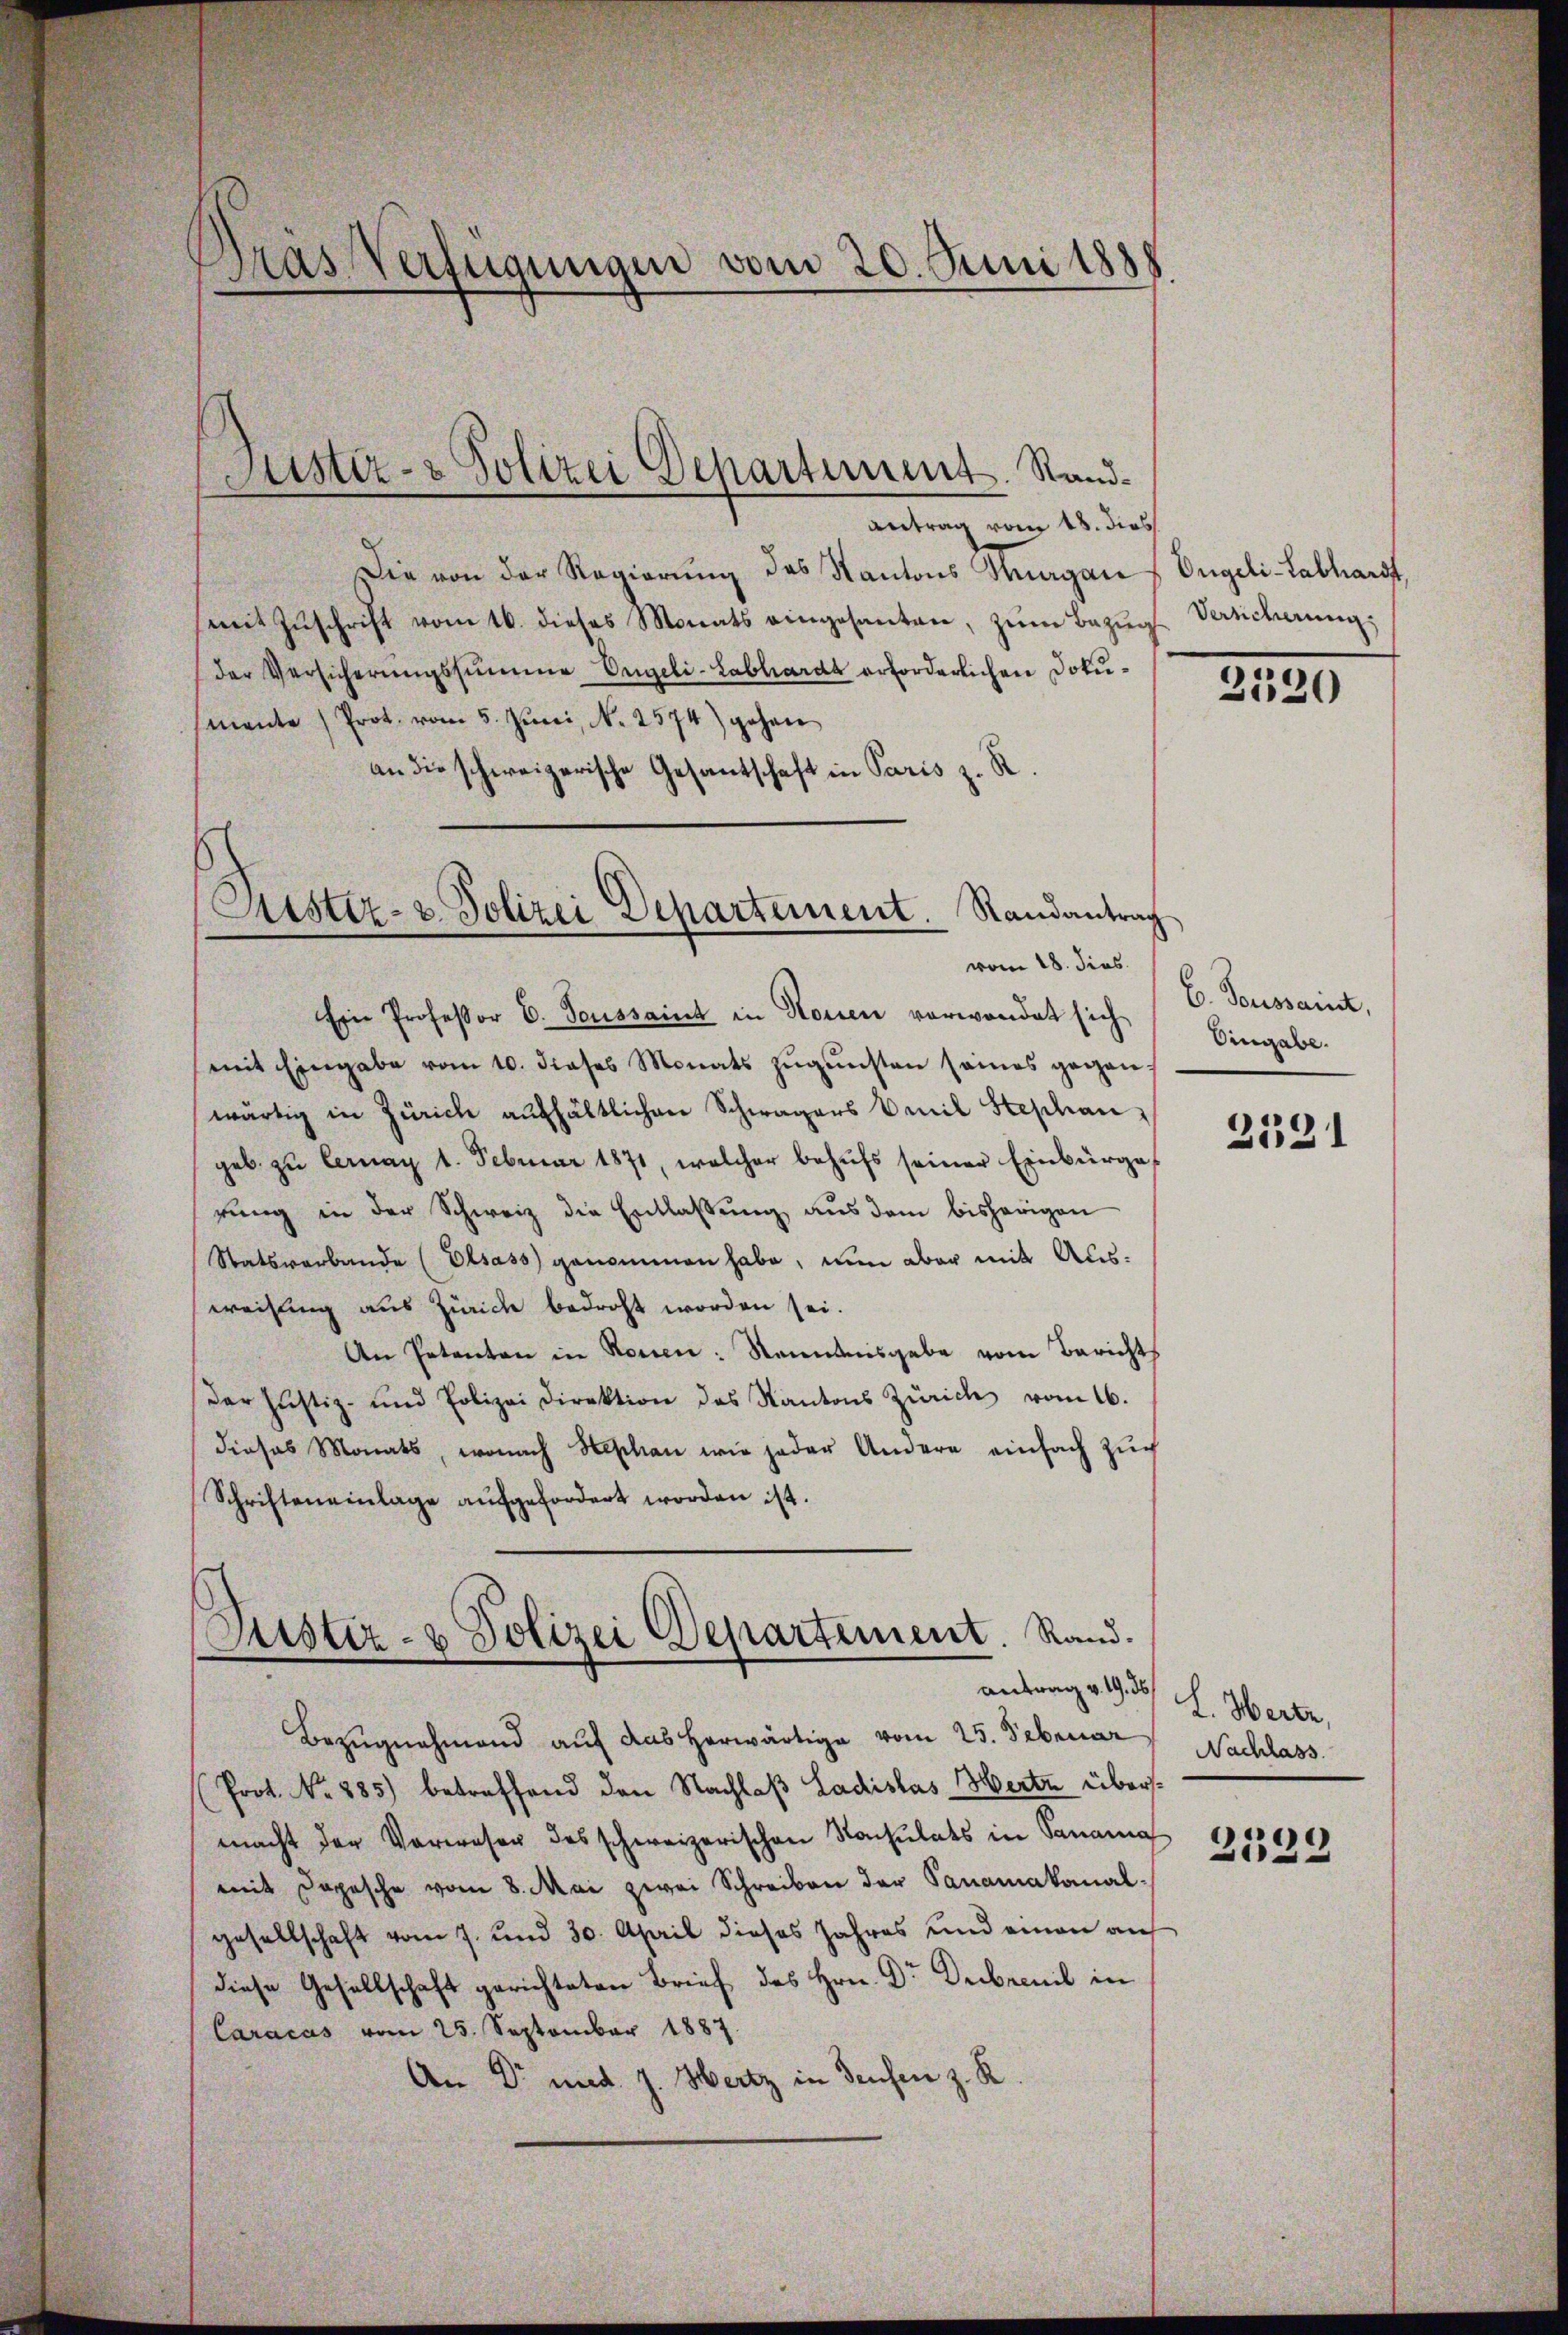
Dras Verfügungen vom 20. Juni 1888.

antrag vom 18. dies
Die von der Regierŭng des Kantons Magans Engeli-Labhardt,
mit Zŭschrift vom 16. dieses Monats eingesanten, zum Bezug
(der Versicherŭngssumme Engeli-Labhardt erforderlichen Dokumente Prot. vom 5. Juni, N. 2574) gehen
an die schweizerische Gesantschaft in Paris z. R.
Sistiz- & Polizei Departement. Randantrag

Justiz- & Polizei Departement. Sand¬

vom 18. dies

Ein Professor C. Toussaint in Rosen verwendet sich
mit Eingabe vom 10. dieses Monats zŭgŭnsten seines gegen-
wärtig in Zürich aufhältlichen Schwagers Emil Stephan,
geb zu lernag 1. Februar 1871, welcher behŭfs seiner Einbürge
rŭng in der Schweiz die Entlassŭng aŭs dem bisherigen
Statsverbande (Elsass genommen habe, nun aber mit Ausweisung aus Zürich bedroht worden sei.
An Petenten in Rouen: Nenntnisgabe vom Berichts
Der Justiz- und Polizei Direktion des Kantons Zürich vom 16.
dieses Monats, wonach Beschen wie jeder Andern einfach Zŭch
Schriften einlage aŭfgefordert worden ist.

Justiz- & Polizei Departement. Rand.
antrag v. 19. 36

Versicherung

Bezugnahmend auf das herwärtige vom 25. Februar
(Prot. No 885) betreffend den Nachlaß Ladislas erte übersmacht der Verwesen des schweizerischen Nachlats in Panama
mit Dapasche vom 8. Mai zwei Schreiben der Sanamakanal-
gesellschaft vom 7. und 30. April dieses Jahres und einen auf
diese Gesellschaft gerichteten Brief des Hrn. Dr Decbemit in
Caracas vom 25. September 1887.
An Dr med. J. Hertz in Teufen z. R

2320

E. Toussaint,
Eingabe.

2531

L. Werde,
Nachlass

2539